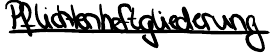
Pflichtenheftgliederung